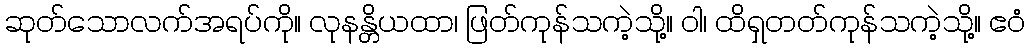
ဆုတ်သောလက်အရပ်ကို။ လုနန္တိယထာ၊ ဖြတ်ကုန်သကဲ့သို့။ ဝါ၊ ထိရှတတ်ကုန်သကဲ့သို့။ ဧဝံ